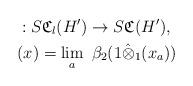
LaTeX: \begin{align*}& : S{\frak C}_l(H') \to S{\frak C}(H') , \\& (x) = \lim_a \ \beta_2( 1 \hat{\otimes}_1 (x_a)) \end{align*}